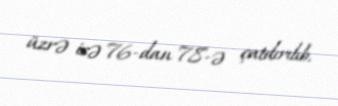
üzrə isə 76-dan 78-ə çatdırılıb.